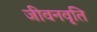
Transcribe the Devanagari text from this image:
जीवनवृति